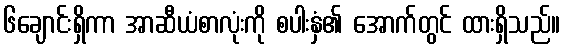
၆ချောင်းရှိကာ အာဆီယံစာလုံးကို စပါးနှံ၏ အောက်တွင် ထားရှိသည်။